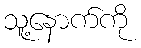
သူ့နောက်ကို